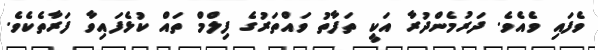
ވެފައި ވެއެވެ. ދަރުމެންދުރާ އަކީ ތަފާތު ވައްތަރުގެ ފިލްމް ތައް ކުޅެފައިވާ ފަރާތެކެވެ.